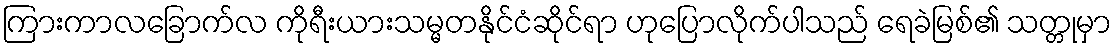
ကြားကာလခြောက်လ ကိုရီးယားသမ္မတနိုင်ငံဆိုင်ရာ ဟုပြောလိုက်ပါသည် ရေခဲမြစ်၏ သတ္တုမှာ